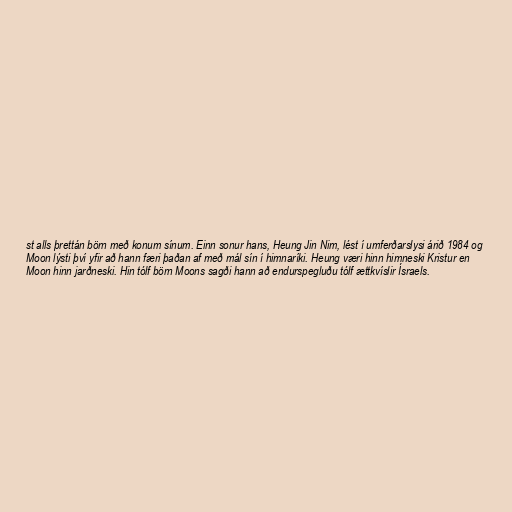
st alls þrettán börn með konum sínum. Einn sonur hans, Heung Jin Nim, lést í umferðarslysi árið 1984 og
Moon lýsti því yfir að hann færi þaðan af með mál sín í himnaríki. Heung væri hinn himneski Kristur en
Moon hinn jarðneski. Hin tólf börn Moons sagði hann að endurspegluðu tólf ættkvíslir Ísraels.